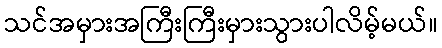
သင်အမှားအကြီးကြီးမှားသွားပါလိမ့်မယ်။